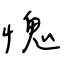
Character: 愧